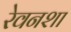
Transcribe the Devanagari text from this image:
रेवनशा